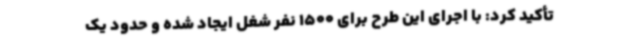
تأکید کرد: با اجرای این طرح برای 1500 نفر شغل ایجاد شده و حدود یک